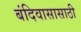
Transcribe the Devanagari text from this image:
बंदिवासासाठी